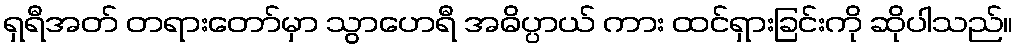
ရှရီအတ် တရားတော်မှာ သွာဟေရီ အဓိပ္ပာယ် ကား ထင်ရှားခြင်းကို ဆိုပါသည်။